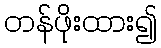
တန်ဖိုးထား၍